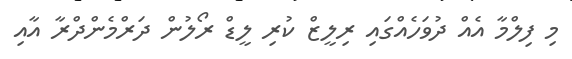
މި ފިލްމާ އެއް ދުވަހެއްގައި ރިލީޒް ކުރި ލީޑް ރޯލުން ދަރްމެންދްރާ އާއި